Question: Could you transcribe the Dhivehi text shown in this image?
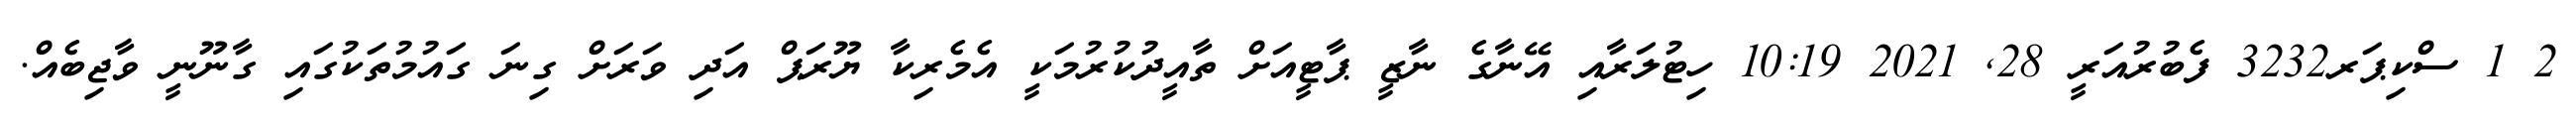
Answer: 2 1 ސްކިޕަރ3232 ފެބުރުއަރީ 28, 2021 10:19 ހިޓުލަރާއި އޭނާގެ ނާޒީ ޕާޓީއަށް ތާއީދުކުރުމަކީ އެމެރިކާ ޔޫރަޕް އަދި ވަރަށް ގިނަ ގައުމުތަކުގައި ގާނޫނީ ވާޖިބެއް.